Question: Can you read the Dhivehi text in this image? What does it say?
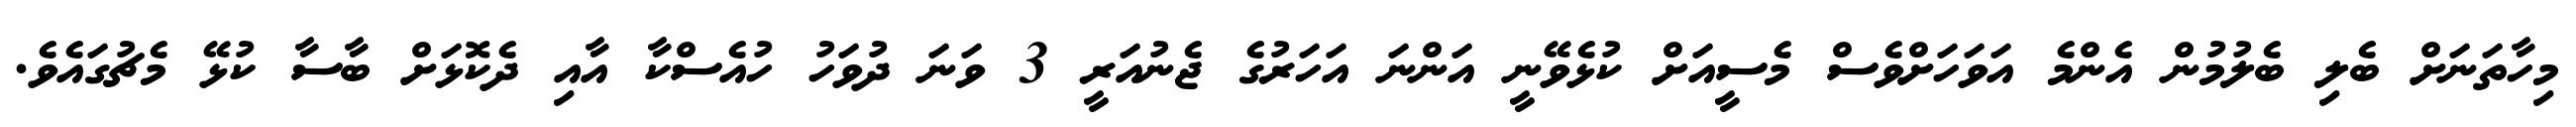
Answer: މިހާތަނަށް ބެލި ބެލުމުން އެންމެ އަވަހަށްވެސް މެސީއަށް ކުޅެވޭނީ އަންނަ އަހަރުގެ ޖެނުއަރީ 3 ވަނަ ދުވަހު ހުއެސްކާ އާއި ދެކޮޅަށް ބާސާ ކުޅޭ މެޗުގައެވެ.